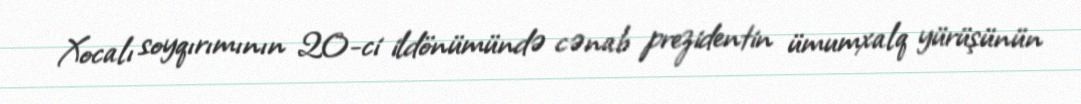
Xocalı soyqırımının 20-ci ildönümündə cənab prezidentin ümumxalq yürüşünün